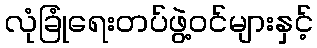
လုံခြုံရေးတပ်ဖွဲ့ဝင်များနှင့်